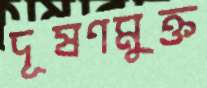
দূষণমুক্ত